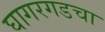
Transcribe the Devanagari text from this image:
घागरगडचा